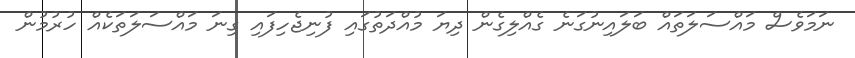
ނަމަވެސް މައްސަލަތައް ބަލައިނުގަނެ ގެއްލިގެން ދިޔަ މުއްދަތުގައި ފުނިޖެހިފައި ގިނަ މައްސަލަތަކެއް ހުރުމުން